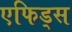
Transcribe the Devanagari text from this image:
एफिड्स